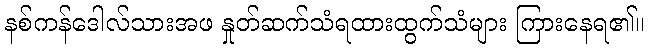
နစ်ကန်ဒေါလ်သားအဖ နှုတ်ဆက်သံရထားထွက်သံများ ကြားနေရ၏။